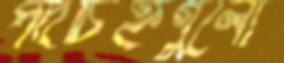
পদচিহ্নগুলো